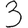
Digit: 3